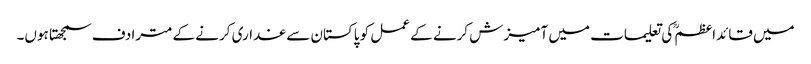
میں قائداعظمؒ کی تعلیمات میں آمیزش کرنے کے عمل کو پاکستان سے غداری کرنے کے مترادف سمجھتا ہوں۔